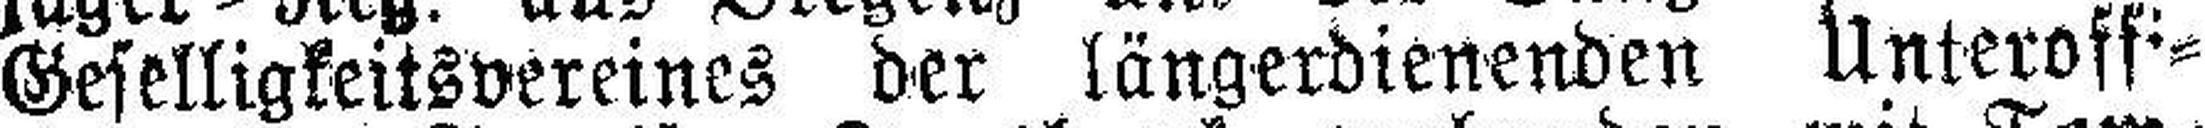
Geselligkeitsvereines der längerdienenden Unteroffi¬